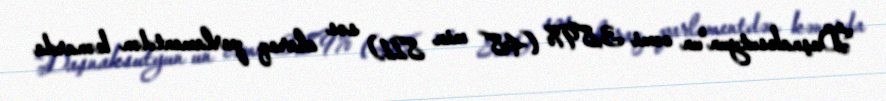
"Daşnaksutyun"un cəmi 3,89% (48 min 811) səs alaraq parlamentdən kənarda